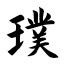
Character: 璞